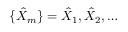
\{ \hat { X } _ { m } \} = { \hat { X } _ { 1 } , \hat { X } _ { 2 } , \dots }